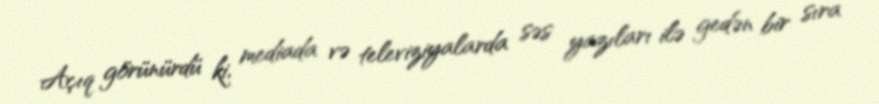
Açıq görünürdü ki, mediada və televiziyalarda səs yazıları ilə gedən bir sıra